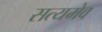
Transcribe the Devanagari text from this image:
सत्‍यमेव